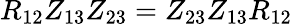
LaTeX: R_{12}Z_{13}Z_{23}=Z_{23}Z_{13}R_{12}